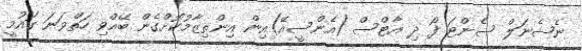
ނެޝެނަލް ސެންޓަ ފޯ ދި އާޓްސް (އެންސީއޭ)އިން އިންތިޒާމުކޮށްގެން ބޭއްވި ހަތްވަނަ ގައުމީ